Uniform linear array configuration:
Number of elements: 4
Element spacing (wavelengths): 1
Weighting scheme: binomial
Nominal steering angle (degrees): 30
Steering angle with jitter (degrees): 28.628
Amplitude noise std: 0.05
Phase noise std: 0.05

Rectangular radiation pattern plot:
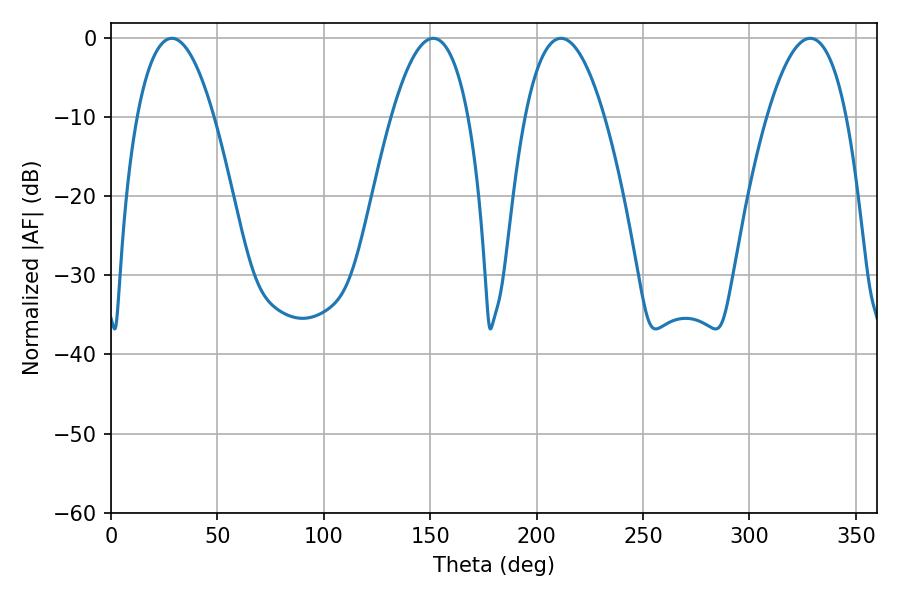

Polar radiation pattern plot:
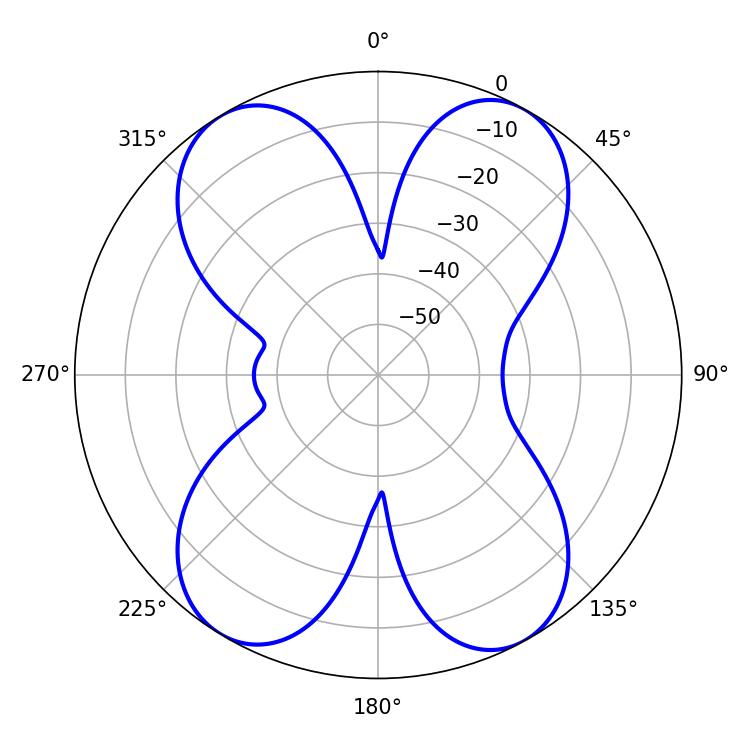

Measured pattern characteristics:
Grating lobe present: TRUE
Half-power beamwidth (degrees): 19.98
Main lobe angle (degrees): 28.62